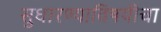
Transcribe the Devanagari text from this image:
सुधारण्याविषयीचा